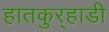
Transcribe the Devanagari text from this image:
हातकुर्‍हाडी